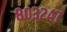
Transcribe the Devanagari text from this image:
८०३२४७